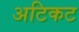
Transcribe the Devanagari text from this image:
अटिकट